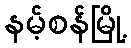
နမ့်စန်မြို့